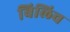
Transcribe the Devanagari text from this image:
बिलिच